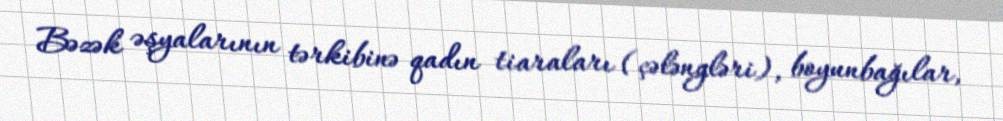
Bəzək əşyalarının tərkibinə qadın tiaraları (çələngləri), boyunbağılar,